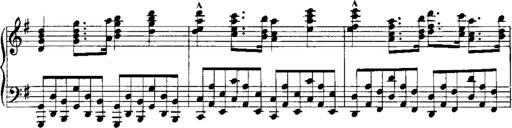
Title: RÃ©miniscences de Norma de Bellini
Composer: Franz Liszt